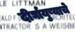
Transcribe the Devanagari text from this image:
दीर्घायुष्याचे